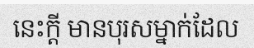
នេះក្តី មានបុរសម្នាក់ដែល